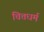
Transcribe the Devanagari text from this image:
चित्तधर्म